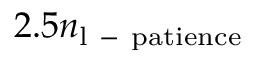
2 . 5 n _ { \mathrm { l \mathrm { ~ - ~ } p a t i e n c e } }